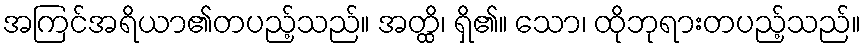
အကြင်အရိယာ၏တပည့်သည်။ အတ္ထိ၊ ရှိ၏။ သော၊ ထိုဘုရားတပည့်သည်။